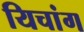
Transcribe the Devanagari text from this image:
यिचांग